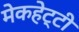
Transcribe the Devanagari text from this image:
मेकहेट्टी